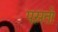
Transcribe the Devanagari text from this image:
पस़तो